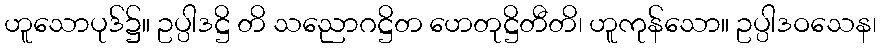
ဟူသောပုဒ်၌။ ဥပ္ပါဒဋ္ဌိ တိ သညောဂဋ္ဌိတ ဟေတုဋ္ဌိတီတိ၊ ဟူကုန်သော။ ဥပ္ပါဒဝသေန၊